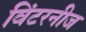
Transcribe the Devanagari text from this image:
विंटरनीज